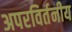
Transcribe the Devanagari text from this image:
अपरविर्तनीय